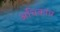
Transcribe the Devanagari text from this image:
अधिकांध